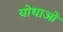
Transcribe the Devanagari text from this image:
योधाओं